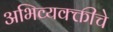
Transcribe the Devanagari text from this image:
अभिव्यक्क्तीचे